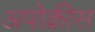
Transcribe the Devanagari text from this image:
अपोक्रीस